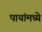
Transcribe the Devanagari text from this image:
पायांमध्ये